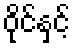
ဝိုင်နှင့်